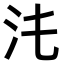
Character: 𣲃